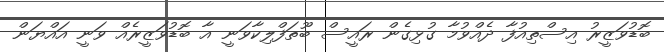
ބޮޑުވަޒީރު އިސްތިއުފާ ދެއްވުމާ ގުޅިގެން ރައީސް ބޫތަފްލިކާވަނީ އާ ބޮޑުވަޒީރެއް ވަނީ އައްޔަން